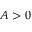
A > 0